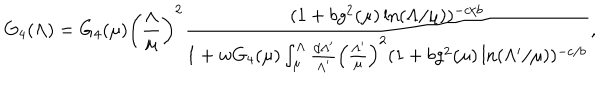
LaTeX: G _ { 4 } ( \Lambda ) = G _ { 4 } ( \mu ) \left( \frac { \Lambda } { \mu } \right) ^ { 2 } \frac { ( 1 + b g ^ { 2 } ( \mu ) \ln ( \Lambda / \mu ) ) ^ { - c / b } } { 1 + w G _ { 4 } ( \mu ) \int _ { \mu } ^ { \Lambda } \frac { d \Lambda ^ { \prime } } { \Lambda ^ { \prime } } \left( \frac { \Lambda ^ { \prime } } { \mu } \right) ^ { 2 } ( 1 + b g ^ { 2 } ( \mu ) \ln ( \Lambda ^ { \prime } / \mu ) ) ^ { - c / b } } ,